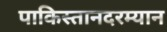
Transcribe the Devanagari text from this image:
पाकिस्तानदरम्यान